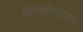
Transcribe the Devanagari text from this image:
मॅनेजमेन्टवर